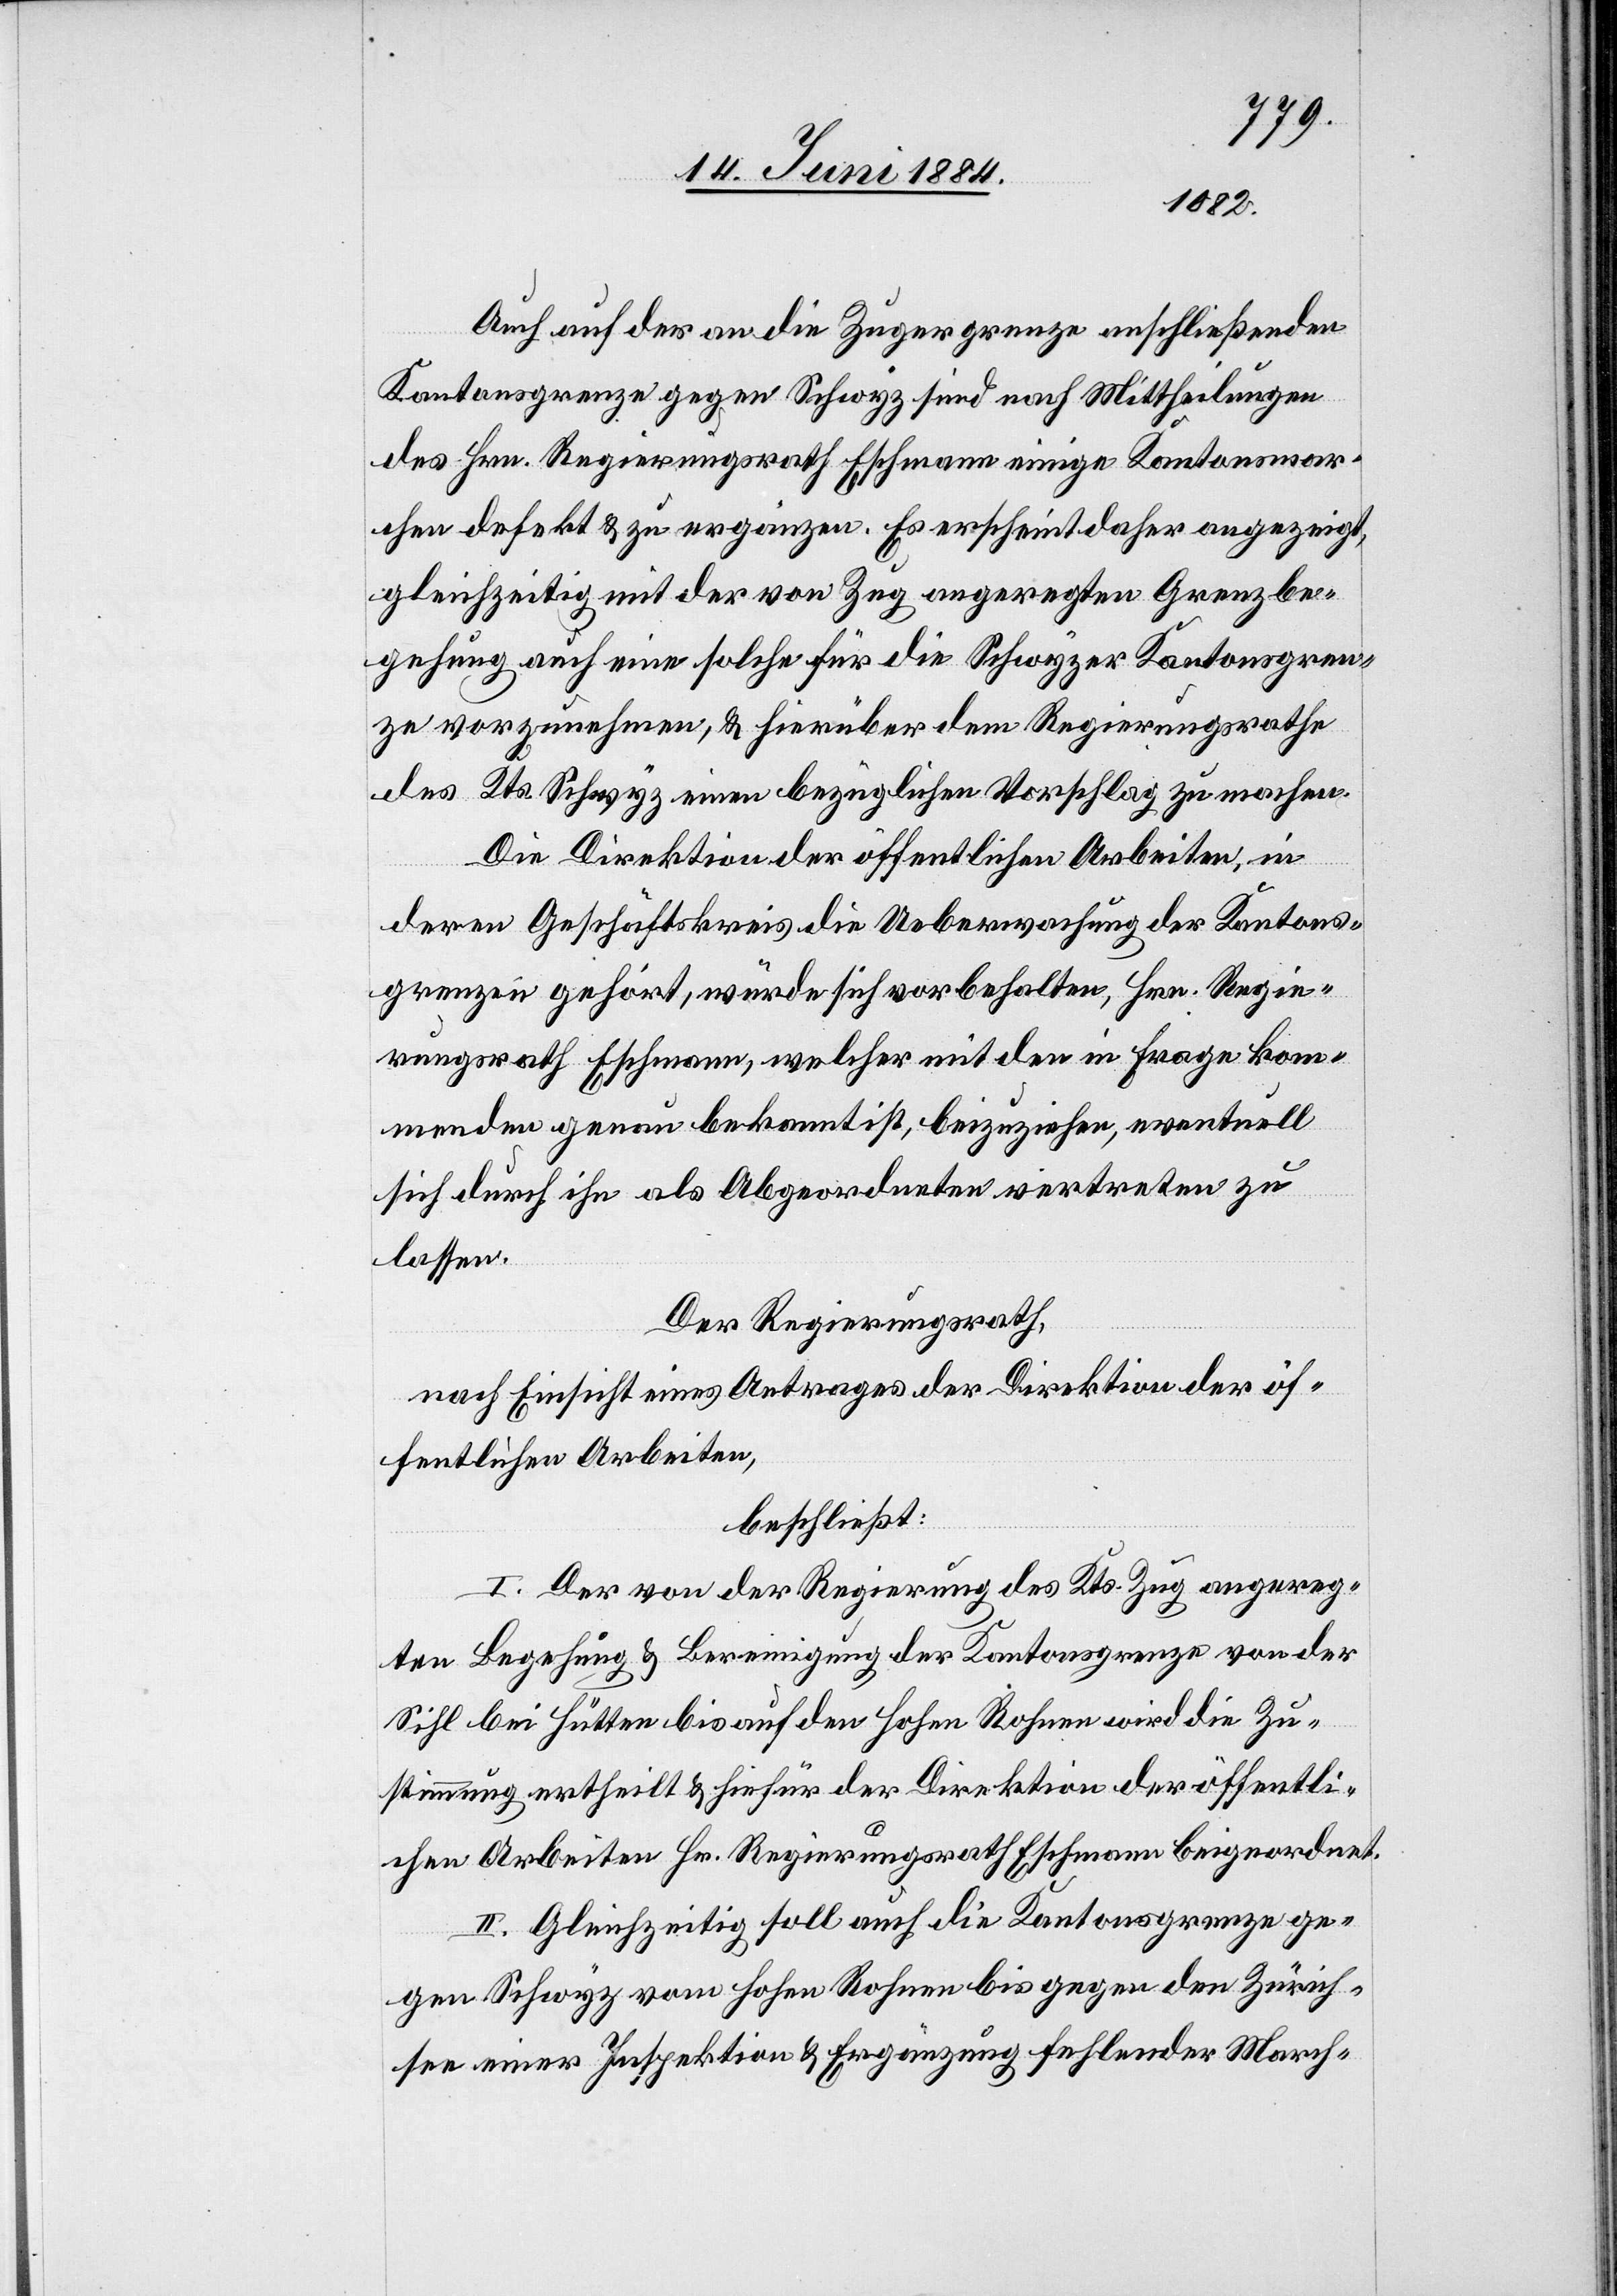
Auch auf der an die Zugergrenze anschließenden
Kantonsgrenze gegen Schwyz sind nach Mittheilungen
des Hrn. Regierungsrath Eschmann einige Kantonsmar¬
chen defekt & zu ergänzen. Es erscheint daher angezeigt,
gleichzeitig mit der von Zug angeregten Grenzbe¬
gehung auch eine solche für die Schwyzer Kantonsgren¬
ze vorzunehmen, & hierüber dem Regierungsrathe
des Kts. Schwyz einen bezüglichen Vorschlag zu machen.
Die Direktion der öffentlichen Arbeiten, in
deren Geschäftskreis die Ueberwachung der Kantons¬
grenzen gehört, würde sich vorbehalten, Hrn. Regie¬
rungsrath Eschmann, welcher mit den in Frage kom¬
menden genau bekannt ist, beizuziehen, eventuell
sich durch ihn als Abgeordneten vertreten zu
lassen.
Der Regierungsrath,
nach Einsicht eines Antrages der Direktion der öf¬
fentlichen Arbeiten,
beschließt:
I. Der von der Regierung des Kts. Zug angereg¬
ten Begehung & Bereinigung der Kantonsgrenze von der
Sihl bei Hütten bis auf den hohen Rohnen wird die Zu¬
stimmung ertheilt & hiefür der Direktion der öffentli¬
chen Arbeiten Hr. Regierungsrath Eschmann beigeordnet.
II. Gleichzeitig soll auch die Kantonsgrenze ge¬
gen Schwyz vom hohen Rohnen bis gegen den Zürich¬
see einer Inspektion & Ergänzung fehlender March-